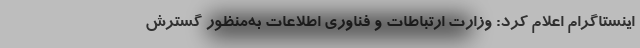
اینستاگرام اعلام کرد: وزارت ارتباطات و فناوری اطلاعات به‌منظور گسترش